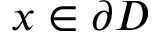
x \in \partial D